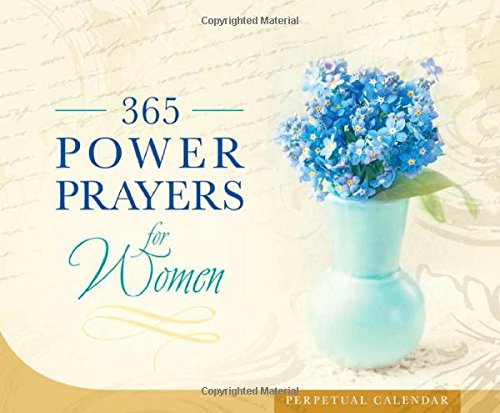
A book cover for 365 Power Prayers for Women Perpetual Calendar; Compiled by Barbour Staff; Calendars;